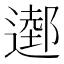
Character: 𨖖